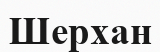
Шерхан